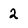
Character: 2